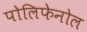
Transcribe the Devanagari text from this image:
पोलिफेनोल